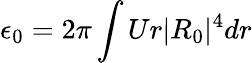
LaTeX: \epsilon_{0}=2\pi\int Ur|R_{0}|^{4}dr